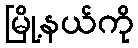
မြို့နယ်ကို